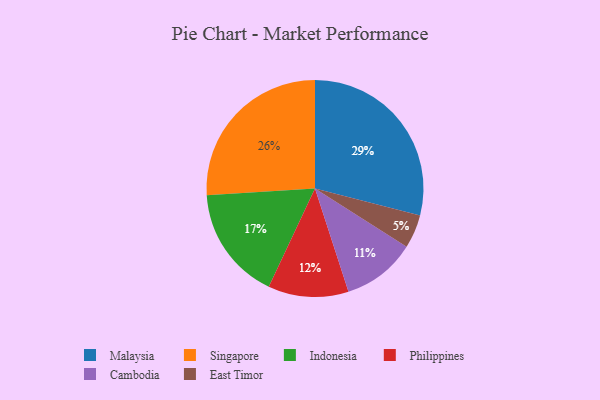
{"axis": {"x": "Category", "y": "Percentage"}, "legend": ["Cambodia", "East Timor", "Indonesia", "Malaysia", "Philippines", "Singapore"], "data": [{"x": "Singapore", "y": 26, "type": "Singapore"}, {"x": "Cambodia", "y": 11, "type": "Cambodia"}, {"x": "Malaysia", "y": 29, "type": "Malaysia"}, {"x": "East Timor", "y": 5, "type": "East Timor"}, {"x": "Indonesia", "y": 17, "type": "Indonesia"}, {"x": "Philippines", "y": 12, "type": "Philippines"}]}